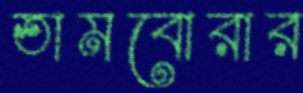
তামবোরার